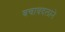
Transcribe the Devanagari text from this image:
बचावदलाने